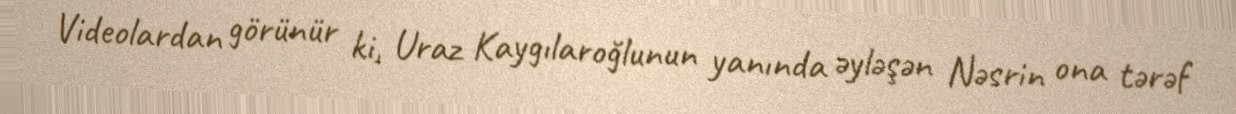
Videolardan görünür ki, Uraz Kaygılaroğlunun yanında əyləşən Nəsrin ona tərəf